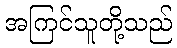
အကြင်သူတို့သည်